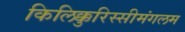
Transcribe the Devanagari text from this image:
किलिक्कुरिस्सीमंगलम